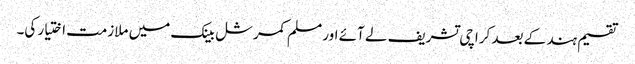
تقسیم ہند کے بعد کراچی تشریف لے آئے اور مسلم کمرشل بینک میں ملازمت اختیار کی۔